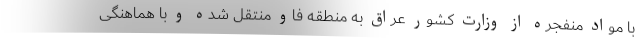
با مواد منفجره از وزارت کشور عراق به منطقه فاو منتقل شده و با هماهنگی